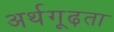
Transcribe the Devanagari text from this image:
अर्थगूढ़ता